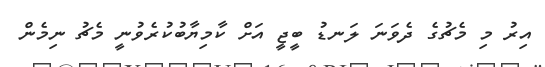
އިރު މި މެޗުގެ ދެވަނަ ލަނޑު ބީޖީ އަށް ކާމިޔާބުކުރެވުނީ މެޗު ނިމެން